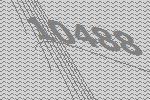
10488